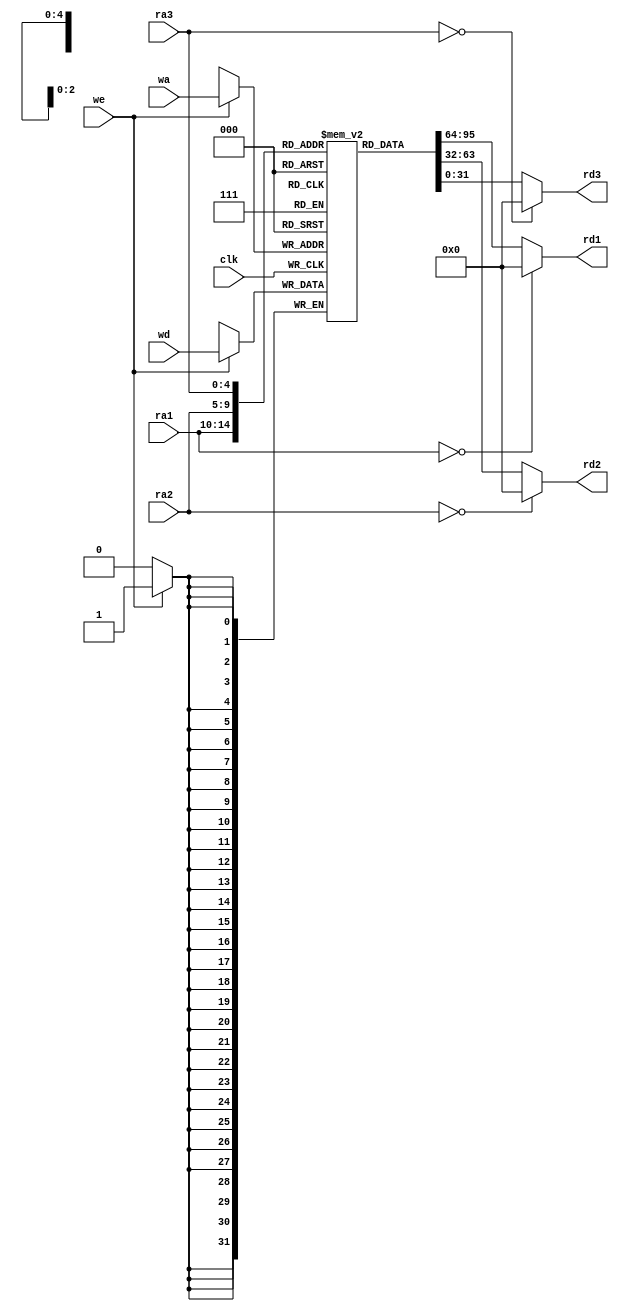
module regfile (
        input  wire        clk,
        input  wire        we,
        input  wire [4:0]  ra1,
        input  wire [4:0]  ra2,
        input  wire [4:0]  ra3,
        input  wire [4:0]  wa,
        input  wire [31:0] wd,
        output wire [31:0] rd1,
        output wire [31:0] rd2,
        output wire [31:0] rd3
    );

    reg [31:0] rf [0:31];

    integer n;
    
    initial begin
        for (n = 0; n < 32; n = n + 1) rf[n] = 32'h0;
        rf[29] = 32'h100; // Initialze $sp
    end
    
    always @ (posedge clk) begin
        if (we) rf[wa] <= wd;
    end

    assign rd1 = (ra1 == 0) ? 0 : rf[ra1];
    assign rd2 = (ra2 == 0) ? 0 : rf[ra2];
    assign rd3 = (ra3 == 0) ? 0 : rf[ra3];

endmodule